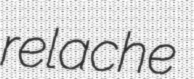
relache